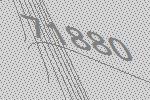
71880